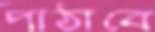
পাঠাবে